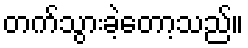
တက်သွားခဲ့တော့သည်။